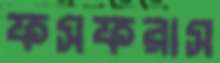
ফসফরাস